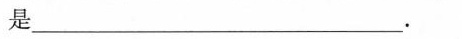
是___.